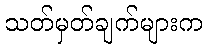
သတ်မှတ်ချက်များက